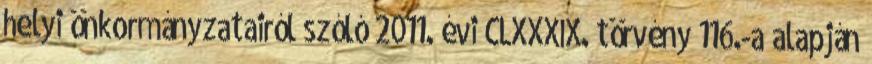
helyi önkormányzatairól szóló 2011. évi CLXXXIX. törvény 116.-a alapján